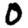
Digit: 0